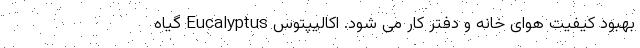
بهبود کیفیت هوای خانه و دفتر کار می شود. اکالیپتوس Eucalyptus گیاه